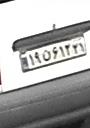
۱۹ن۶۱۲۲۱